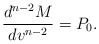
\begin{align*} \frac{d^{n-2}M}{dv^{n-2}}=P_0.\end{align*}